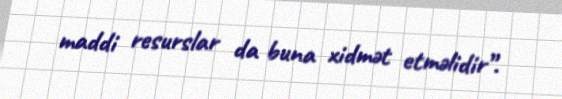
maddi resurslar da buna xidmət etməlidir”.